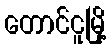
တောင်ငူမြို့